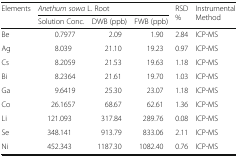
<table><thead><tr><td rowspan="2"><b>Elements</b></td><td colspan="3"><b><i>Anethum sowa</i> L. Root</b></td><td rowspan="2"><b>RSD %</b></td><td rowspan="2"><b>Instrumental Method</b></td></tr><tr><td><b>Solution Conc.</b></td><td><b>DWB (ppb)</b></td><td><b>FWB (ppb)</b></td></tr></thead><tbody><tr><td>Be</td><td>0.7977</td><td>2.09</td><td>1.90</td><td>2.84</td><td>ICP-MS</td></tr><tr><td>Ag</td><td>8.039</td><td>21.10</td><td>19.23</td><td>0.97</td><td>ICP-MS</td></tr><tr><td>Cs</td><td>8.2059</td><td>21.53</td><td>19.63</td><td>1.18</td><td>ICP-MS</td></tr><tr><td>Bi</td><td>8.2364</td><td>21.61</td><td>19.70</td><td>1.03</td><td>ICP-MS</td></tr><tr><td>Ga</td><td>9.6419</td><td>25.30</td><td>23.07</td><td>1.18</td><td>ICP-MS</td></tr><tr><td>Co</td><td>26.1657</td><td>68.67</td><td>62.61</td><td>1.36</td><td>ICP-MS</td></tr><tr><td>Li</td><td>121.093</td><td>317.84</td><td>289.76</td><td>0.08</td><td>ICP-MS</td></tr><tr><td>Se</td><td>348.141</td><td>913.79</td><td>833.06</td><td>2.11</td><td>ICP-MS</td></tr><tr><td>Ni</td><td>452.343</td><td>1187.30</td><td>1082.40</td><td>0.76</td><td>ICP-MS</td></tr></tbody></table>